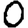
Digit: 0